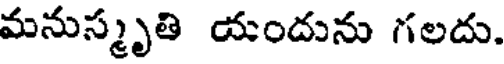
మనుస్మృతి యందును గలదు.